Annual administration report of the Civil Veterinary Department of India - 1895-1896
Year: 1895
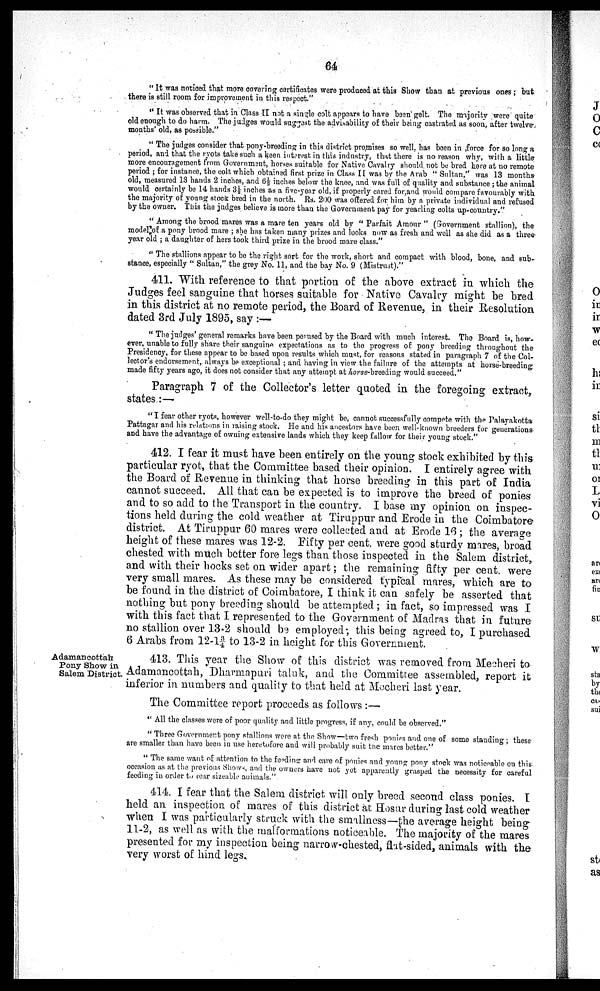
64
"It was noticed that more covering certificates were produced at this Show than at previous ones; but
there is still room for improvement in this respect."
"It was observed that in Class II not a single colt appears to have been gelt. The majority were quite
old enough to do harm. The judges would suggest the advisability of their being castrated as soon, after twelve
months' old, as possible."
"The judges consider that pony-breeding in this district promises so well, has been in force for so long a
period, and that the ryots take such a keen interest in this industry, that there is no reason why, with a little
more encouragement from Government, horses suitable for Native Cavalry should not be bred here at no remote
period ; for instance, the colt which obtained first prize in Class II was by the Arab " Sultan," was 13 months
old, measured 13 hands 2 inches, and 6½ inches below the knee, and was full of quality and substance; the animal
would certainly be 14 hands 3½ inches as a five-year old, if properly cared for, and would compare favourably with
the majority of young stock bred in the north. Rs. 200 was offered for him by a private individual and refused
by the owner. This the judges believe is more than the Government pay for yearling colts up-country."
"Among the brood mares was a mare ten years old by " Parfait Amour" (Government stallion), the
model of a pony brood mare ; she has taken many prizes and looks now as fresh and well as she did as a three
year old ; a daughter of hers took third prize in the brood mare class."
"The stallions appear to be the right sort for the work, short and compact with blood, bone, and sub-
stance, especially " Sultan," the grey No. 11, and the bay No. 9 (Mistrust)."
411. With reference to that portion of the above extract in which the
Judges feel sanguine that horses suitable for Native Cavalry might be bred
in this district at no remote period, the Board of Revenue, in their Resolution
dated 3rd July 1895, say:—
"The judges' general remarks have been perused by the Board with much interest. The Board is, how-
ever, unable to fully share their sanguine expectations as to the progress of pony breeding throughout the
Presidency, for these appear to be based upon results which must, for reasons stated in paragraph 7 of the Col-
lector's endorsement, always be exceptional; and having in view the failure of the attempts at horse-breeding
made fifty years ago, it does not consider that any attempt at horse-breeding would succeed."
Paragraph 7 of the Collector's letter quoted in the foregoing extract,
states:—
"I fear other ryots, however well-to-do they might be, cannot successfully compete with the Palayakotta
Pattagar and his relations in raising stock. He and his ancestors have been well-known breeders for generations
and have the advantage of owning extensive lands which they keep fallow for their young stock."
412. I fear it must have been entirely on the young stock exhibited by this
particular ryot, that the Committee based their opinion. I entirely agree with
the Board of Revenue in thinking that horse breeding in this part of India
cannot succeed. All that can be expected is to improve the breed of ponies
and to so add to the Transport in the country. I base my opinion on inspec-
tions held during the cold weather at Tiruppur and Erode in the Coimbatore
district. At Tiruppur 60 mares were collected and at Erode 16; the average
height of these mares was 12-2. Fifty per cent. were good sturdy mares, broad
chested with much better fore legs than those inspected in the Salem district,
and with their hocks set on wider apart; the remaining fifty per cent. were
very small mares. As these may be considered typical mares, which are to
be found in the district of Coimbatore, I think it can safely be asserted that
nothing but pony breeding should be attempted; in fact, so impressed was I
with this fact that I represented to the Government of Madras that in future
no stallion over 13-2 should be employed; this being agreed to, I purchased
6 Arabs from 12-1¾ to 13-2 in height for this Government.
Adamancottah
Pony Show in
Salem District.
413. This year the Show of this district was removed from Mecheri to
Adamancottah, Dharmapuri taluk, and the Committee assembled, report it
inferior in numbers and quality to that held at Mecheri last year.
The Committee report proceeds as follows:—
"All the classes were of poor quality and little progress, if any, could be observed."
"Three Government pony stallions were at the Show—two fresh ponies and one of some standing; these
are smaller than have been in use heretofore and will probably suit the mares better."
"The same want of attention to the feeding and care of ponies and young pony stock was noticeable on this
occasion as at the previous Shows, and the owners have not yet apparently grasped the necessity for careful
feeding in order to rear sizeable animals."
414. I fear that the Salem district will only breed second class ponies. I
held an inspection of mares of this district at Hosur during last cold weather
when I was particularly struck with the smallness—the average height being
11-2, as well as with the malformations noticeable. The majority of the mares
presented for my inspection being narrow-chested, flat-sided, animals with the
very worst of hind legs.